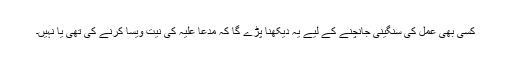
کسی بھی عمل کی سنگینی جانچنے کے لیے یہ دیکھنا پڑے گا کہ مدعا علیہ کی نیت ویسا کرنے کی تھی یا نہیں۔